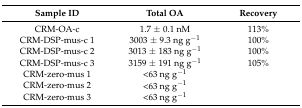
<table><thead><tr><td><b>Sample ID</b></td><td><b>Total OA</b></td><td><b>Recovery</b></td></tr></thead><tbody><tr><td>CRM-OA-c</td><td>1.7 ± 0.1 nM</td><td>113%</td></tr><tr><td>CRM-DSP-mus-c 1</td><td>3003 ± 9.3 ng g<sup>−1</sup></td><td>100%</td></tr><tr><td>CRM-DSP-mus-c 2</td><td>3013 ± 183 ng g<sup>−1</sup></td><td>100%</td></tr><tr><td>CRM-DSP-mus-c 3</td><td>3159 ± 191 ng g<sup>−1</sup></td><td>105%</td></tr><tr><td>CRM-zero-mus 1</td><td>&lt;63 ng g<sup>−1</sup></td><td></td></tr><tr><td>CRM-zero-mus 2</td><td>&lt;63 ng g<sup>−1</sup></td><td></td></tr><tr><td>CRM-zero-mus 3</td><td>&lt;63 ng g<sup>−1</sup></td><td></td></tr></tbody></table>